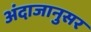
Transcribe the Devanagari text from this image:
अंदाजानुसर